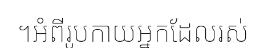
។អំពីរូបកាយអ្នកដែលរស់